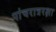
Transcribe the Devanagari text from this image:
पांचरात्ररक्षा